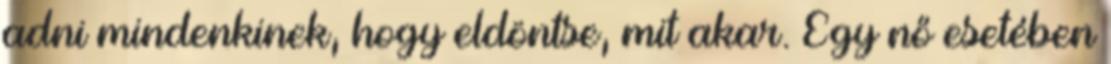
adni mindenkinek, hogy eldöntse, mit akar. Egy nő esetében